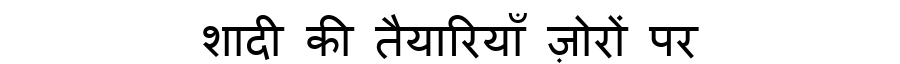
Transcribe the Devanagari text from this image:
शादी की तैयारियाँ ज़ोरों पर